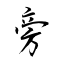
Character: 旁